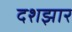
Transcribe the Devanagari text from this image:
दशझार